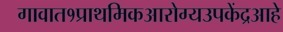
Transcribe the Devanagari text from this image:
गावात१प्राथमिकआरोग्यउपकेंद्रआहे